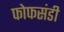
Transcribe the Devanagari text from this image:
फोफसंडी